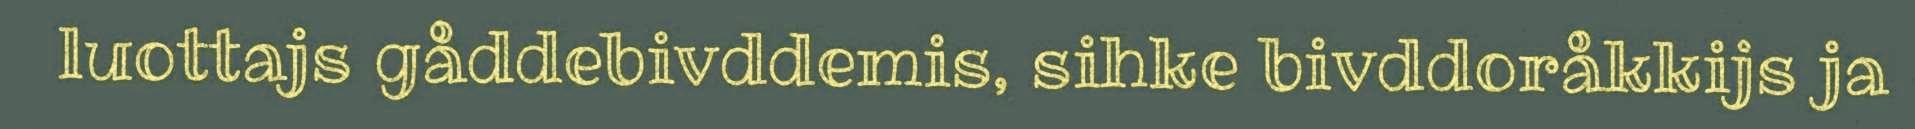
luottajs gåddebivddemis, sihke bivddoråkkijs ja